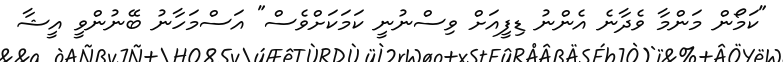
"ކަމޯން މަންމާ ވެދާނެ އެންނު ޑިފީއަށް ވިސްނުނީ ކަމަކަށްވެސް" އަސްމަހާނު ބޭނުންވީ އީޝާ